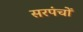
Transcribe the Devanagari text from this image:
सरपंचों